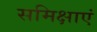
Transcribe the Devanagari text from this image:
समिक्षाएं